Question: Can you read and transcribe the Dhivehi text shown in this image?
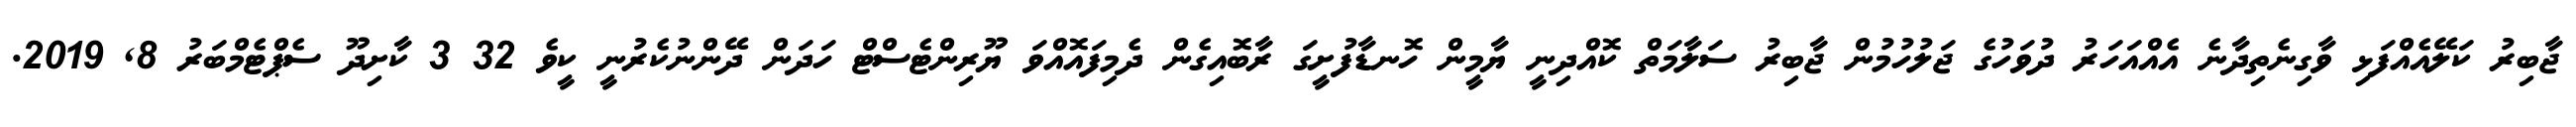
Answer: ޖާބިރު ކަލޭއެއްފަޅި ވާގިނެތިދާނެ އެއްއަހަރު ދުވަހުގެ ޖަލުހުމުން ޖާބިރު ސަލާމަތް ކޮއްދިނީ ޔާމީން ހޮނޑާފުށީގަ ރާބޮއިގެން ދެމިފައޮއްވަ ޔޫރިންޓެސްޓް ހަދަން ދޭންނުކެރުނީ ކީވެ 32 3 ކާށިދޫ ސެޕްޓެމްބަރު 8, 2019.